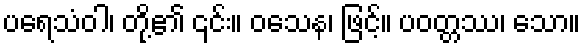
ပရေသံဝါ၊ တို့၏ ၎င်း။ ဝသေန၊ ဖြင့်။ ပဝတ္တဿ၊ သော။